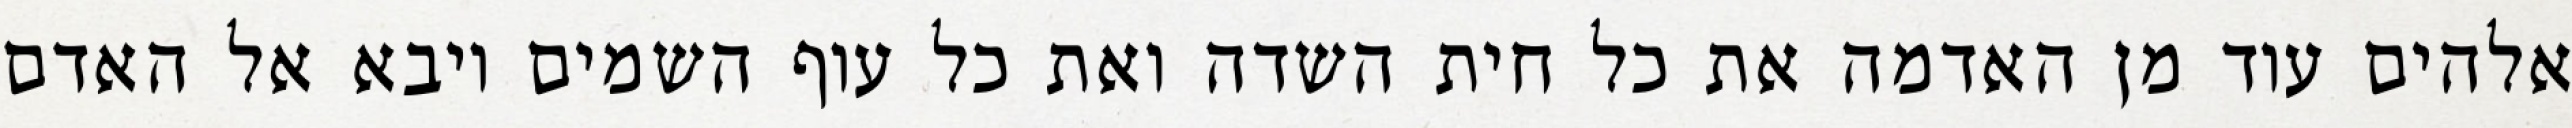
אלהים עוד מן האדמה את כל חית השדה ואת כל עוף השמים ויבא אל האדם